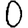
Digit: 0